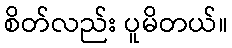
စိတ်လည်း ပူမိတယ်။